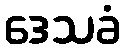
ဒေသခံ